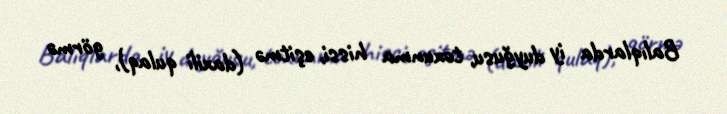
Balıqlarda iy duyğusu, toxunma hissi, eşitmə (daxili qulaq), görmə